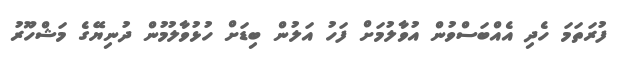
ފުރަތަމަ ހެދި އެއްބަސްވުން އުވާލުމަށް ފަހު އަލުން ބިޑަށް ހުޅުވާލުމުން ދުނިޔޭގެ މަޝްހޫރު